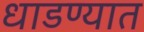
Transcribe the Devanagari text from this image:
धाडण्यात